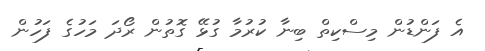
އެ ފަންޑުން މިސްކިތް ބިނާ ކުރުމާ ގުޅޭ ގޮތުން ރޯދަ މަހުގެ ފަހުން